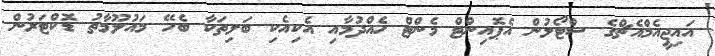
އަައިޖީއެމްއެޗްގެ ސްޓޯލުން އެޕޮއިންޓް މެންޓް ހެއްދުމާއި އެކިއެކި ބަލިތަކާ ބެހޭ މައުލޫމާތު ޑޮކްޓަރުން